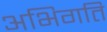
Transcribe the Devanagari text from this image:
अभिगति